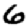
Digit: 6